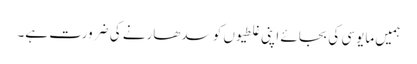
ہمیں مایوسی کی بجائے اپنی غلطیوں کو سدھارنے کی ضرورت ہے۔